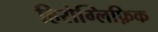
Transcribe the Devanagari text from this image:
हिरोग्लिफ़िक